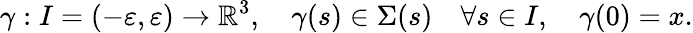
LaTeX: \gamma:I=(-\varepsilon,\varepsilon)\rightarrow\mathbb{R}^{3},\quad\gamma(s)\in\Sigma(s)\quad\forall s\in I,\quad\gamma(0)=x.